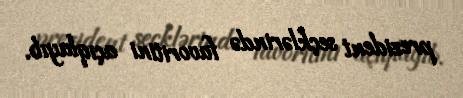
prezident seçklərində favoritini açıqlayıb.